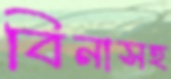
বিনাসহ